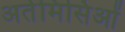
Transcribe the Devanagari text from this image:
अर्तेमिसिओं